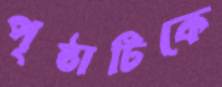
পৃষ্ঠাটিকে